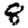
Digit: 8